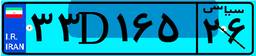
۳۳D۱۶۵۲۶